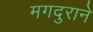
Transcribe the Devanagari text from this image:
मगदुराने